Document type: Sale
Year: 1354
Scribe: Bernat de Torre
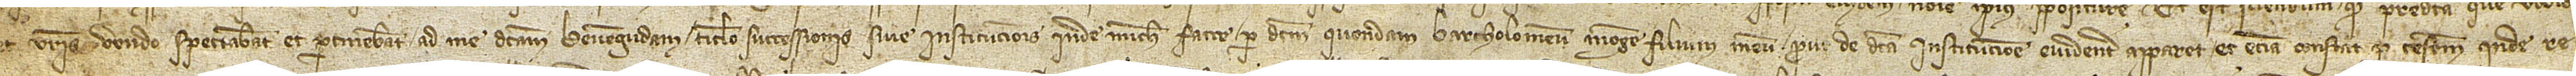
et vestris vendo spectabant et pertinebant ad me dictam Bevengudam titulo successionis sive institucionis inde michi facte per dictum quondam Bartholomeum Monge, filium meum, prout de dicta institucione evidenter apparet et etiam constat per testamentum inde re-